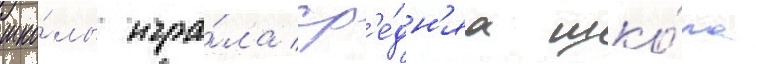
шко́лы игра́ла ср'е́дн'яа шко́ла